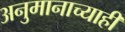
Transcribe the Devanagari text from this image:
अनुमानाच्याही